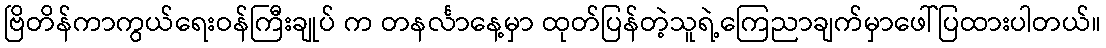
ဗြိတိန်ကာကွယ်ရေးဝန်ကြီးချုပ် က တနင်္လာနေ့မှာ ထုတ်ပြန်တဲ့သူရဲ့ကြေညာချက်မှာဖေါ်ပြထားပါတယ်။